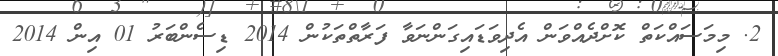
2. މިމަސައްކަތް ކޮށްދެއްވަން އެދިވަޑައިގަންނަވާ ފަރާތްތަކުން 2014 ޑިސެންބަރު 01 އިން 2014